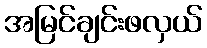
အမြင်ချင်းဖလှယ်